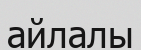
айлалы